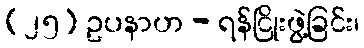
(၂၅) ဥပနာဟ - ရန်ငြိုးဖွဲ့ခြင်း၊